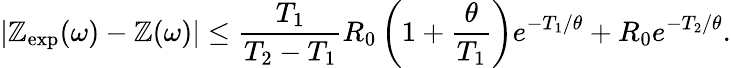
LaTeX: |\mathbb{Z}_{\mathrm{{exp}}}(\omega)-\mathbb{Z}(\omega)|\le\frac{{T_{1}}}{{T_{2}-T_{1}}}R_{0}\left(1+\frac{{\theta}}{{T_{1}}}\right)e^{-T_{1}/\theta}+R_{0}e^{-T_{2}/\theta}.